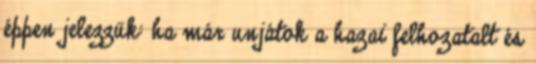
éppen jelezzük: ha már unjátok a hazai felhozatalt és